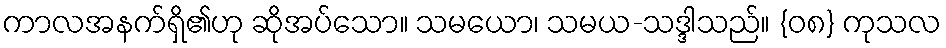
ကာလအနက်ရှိ၏ဟု ဆိုအပ်သော။ သမယော၊ သမယ-သဒ္ဒါသည်။ {၀၈} ကုသလ